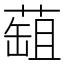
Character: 䔘